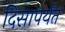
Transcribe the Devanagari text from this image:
दिसापर्यंत